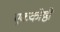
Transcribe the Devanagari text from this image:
एककोष्ठी